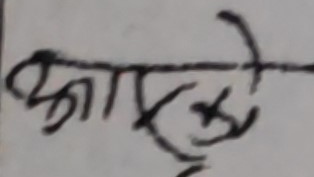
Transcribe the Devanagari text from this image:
आकसके